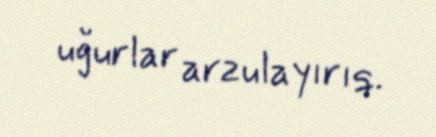
uğurlar arzulayırıq.